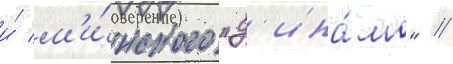
и́ м'и́нского "д'ина́мо" //